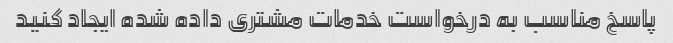
پاسخ مناسب به درخواست خدمات مشتری داده شده ایجاد کنید